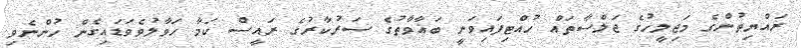
ރައްޔިތުންގެ މަޖިލީހުގެ ޖަލްސާތައް ހުއްޓިފައިވަނީ ބަޣާވާތުގެ ސަރުކާރުގެ ރައީސް ކަމާ ހަވާލުވެވަޑައިގެން ހުންނެވި